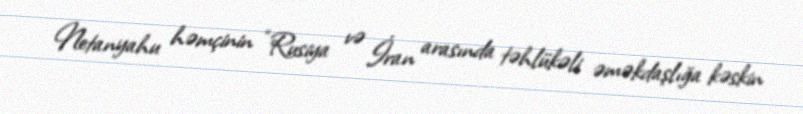
Netanyahu həmçinin “Rusiya və İran arasında təhlükəli əməkdaşlığa kəskin